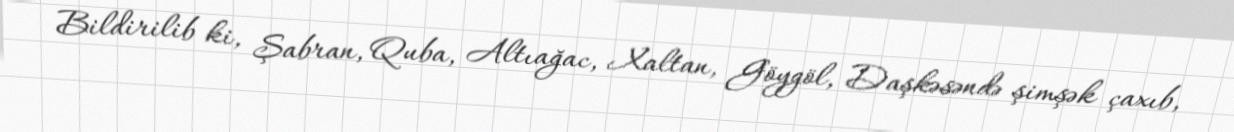
Bildirilib ki, Şabran, Quba, Altıağac, Xaltan, Göygöl, Daşkəsəndə şimşək çaxıb,